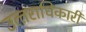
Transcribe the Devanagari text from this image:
उत्‍तराधिकारी